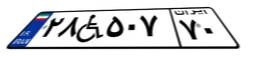
۲۸W۵۰۷۷۰